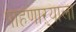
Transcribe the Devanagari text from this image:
पाहणाऱ्याला